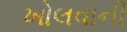
ખોલવાની